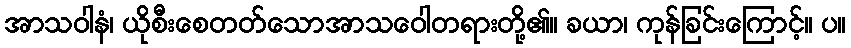
အာသဝါနံ၊ ယိုစီးစေတတ်သောအာသဝေါတရားတို့၏။ ခယာ၊ ကုန်ခြင်းကြောင့်။ ပ။